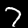
Digit: 7